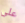
على